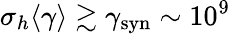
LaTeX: \sigma_{h}\langle\gamma\rangle\gtrsim\gamma_{\mathrm{syn}}\sim 10^{9}